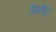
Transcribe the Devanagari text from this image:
चित्रवैद्युत